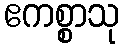
ဧကစ္စာသု